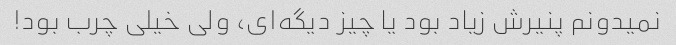
نمیدونم پنیرش زیاد بود یا چیز دیگه‌ای، ولی خیلی چرب بود!